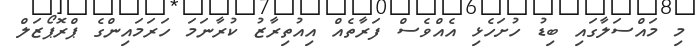
މި މައްސަލާގައި ބިޑު ހުށަހެޅި އެއްވެސް ފަރާތެއް އިއުތިރާޒު ކުރާނަމަ ހަރަމައިންގެ ޕްރޮޕޯޒަލް